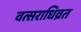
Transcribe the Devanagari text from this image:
वत्सराधिव्रत